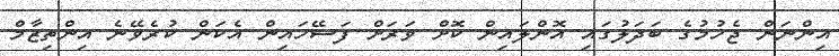
އިންނަން ޖެހުމުގެ ބަދަލުގައި އޮންލައިން ކޮށް ވަރަށް ފަސޭހައިން އެކަން ކުރެވޭނެ އިންތިޒާމް